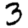
Digit: 3